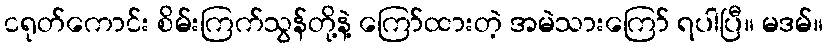
ငရုတ်ကောင်း စိမ်းကြက်သွန်တို့နဲ့ ကြော်ထားတဲ့ အမဲသားကြော် ရပါပြီ။ မဒမ်။